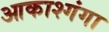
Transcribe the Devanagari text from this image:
आकाश्गंगा